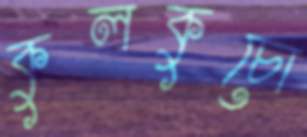
কুলকুচো